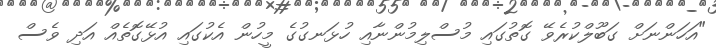
"އަހަންނަށް ގަބޫލްކުރެވޭ ގޮތުގައި މުސްލިމުންނާއި ހުޅަނގުގެ މީހުން އެކުގައި އުޅޭގޮތެއް އަދި ވެސް